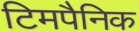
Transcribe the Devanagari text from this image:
टिमपैनिक